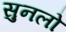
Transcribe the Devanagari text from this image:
सुनलो